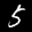
Label: 5